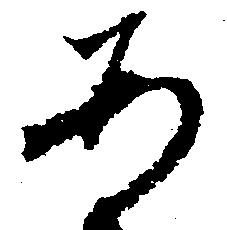
あ